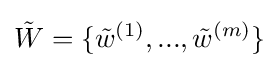
{\tilde {W}}=\{{\tilde {w}}^{(1)},...,{\tilde {w}}^{(m)}\}